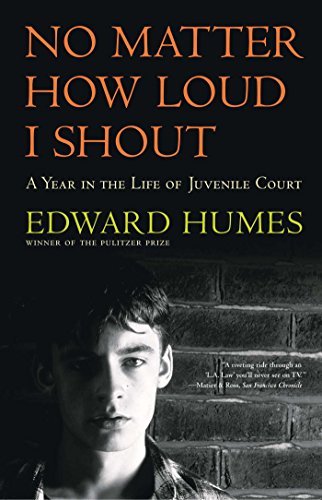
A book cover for NO MATTER HOW LOUD I SHOUT : A Year in the Life of Juvenile Court; Edward Humes; Law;